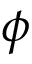
\boldsymbol { \phi }